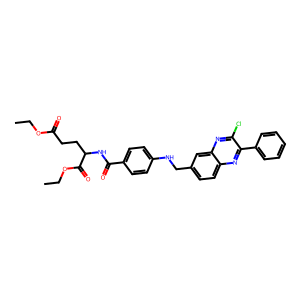
SMILES: CCOC(=O)CCC(NC(=O)c1ccc(NCc2ccc3nc(-c4ccccc4)c(Cl)nc3c2)cc1)C(=O)OCC
Inhibits HIV replication: No